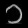
Digit: ၁